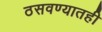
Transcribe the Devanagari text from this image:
ठसवण्यातही